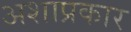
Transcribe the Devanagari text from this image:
अशाप्रकार